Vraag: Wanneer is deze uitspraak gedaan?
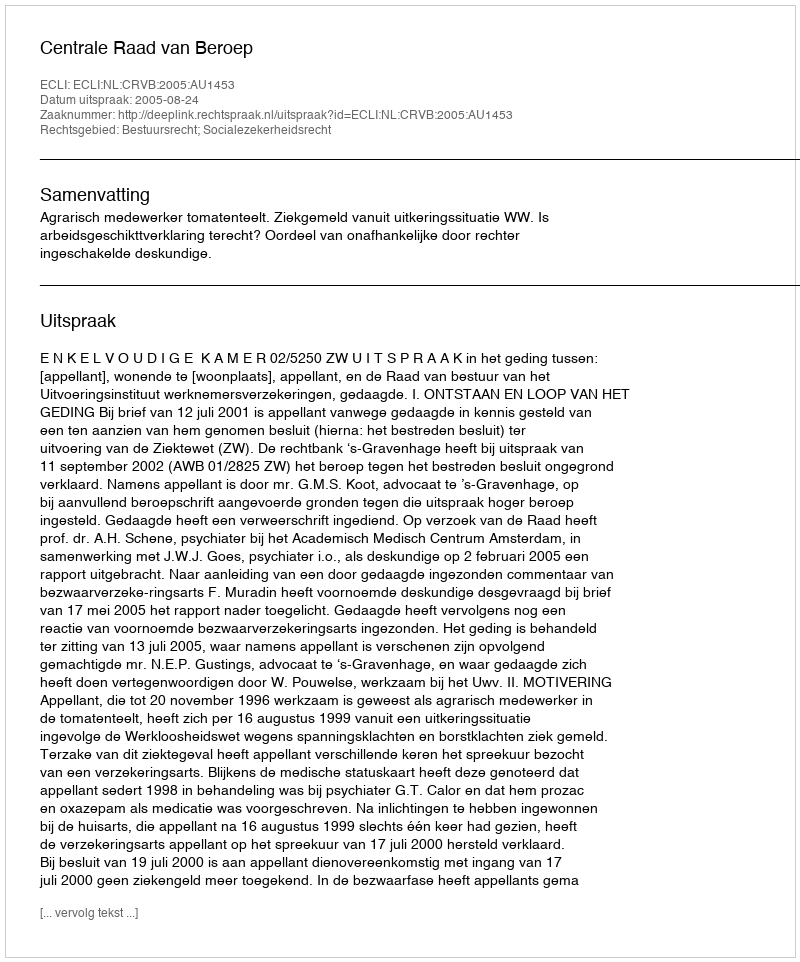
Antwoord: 2005-08-24